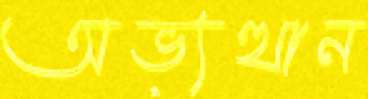
অভ্যত্থান